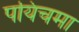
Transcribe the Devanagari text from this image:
पयिचमा